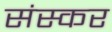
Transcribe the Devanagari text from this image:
संस्कर